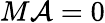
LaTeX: M\mathcal{A}=0